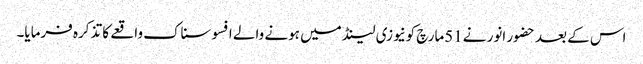
اس کے بعد حضور انور نے51مارچ کونیوزی لینڈ میں ہونے والے افسوسناک واقعے کا تذکرہ فرمایا۔